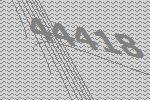
44418